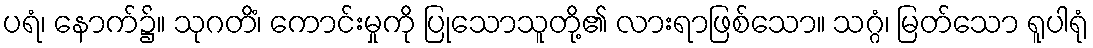
ပရံ၊ နောက်၌။ သုဂတိံ၊ ကောင်းမှုကို ပြုသောသူတို့၏ လားရာဖြစ်သော။ သဂ္ဂံ၊ မြတ်သော ရူပါရုံ